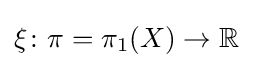
\xi \colon \pi =\pi _{1}(X)\to \mathbb {R}